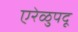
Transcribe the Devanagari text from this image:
एरेळुपदू